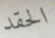
الحقد